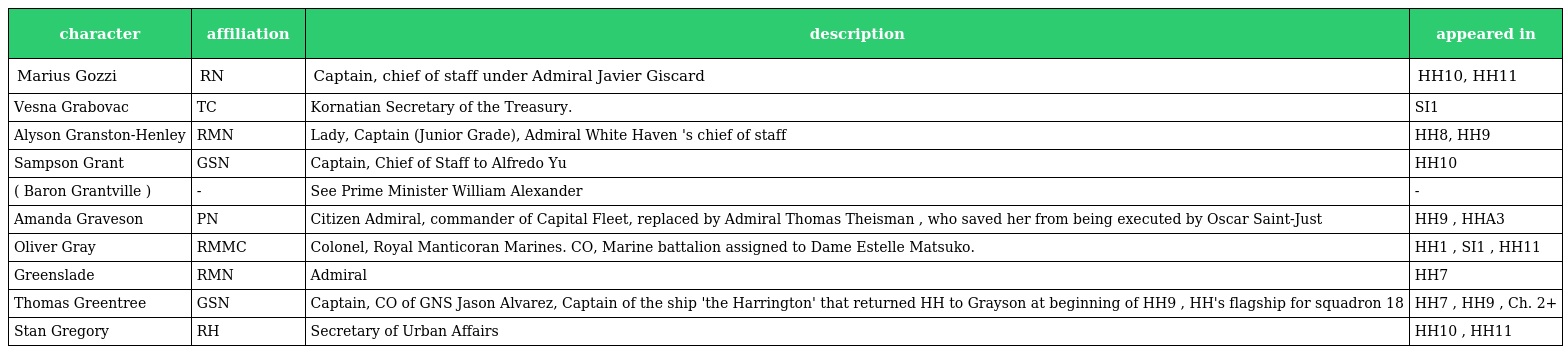
| character | affiliation | description | appeared in |
 | --- | --- | --- | --- |
 | Marius Gozzi | RN | Captain, chief of staff under Admiral Javier Giscard | HH10, HH11 |
 | Vesna Grabovac | TC | Kornatian Secretary of the Treasury. | SI1 |
 | Alyson Granston-Henley | RMN | Lady, Captain (Junior Grade), Admiral White Haven 's chief of staff | HH8, HH9 |
 | Sampson Grant | GSN | Captain, Chief of Staff to Alfredo Yu | HH10 |
 | ( Baron Grantville ) | - | See Prime Minister William Alexander | - |
 | Amanda Graveson | PN | Citizen Admiral, commander of Capital Fleet, replaced by Admiral Thomas Theisman , who saved her from being executed by Oscar Saint-Just | HH9 , HHA3 |
 | Oliver Gray | RMMC | Colonel, Royal Manticoran Marines. CO, Marine battalion assigned to Dame Estelle Matsuko. | HH1 , SI1 , HH11 |
 | Greenslade | RMN | Admiral | HH7 |
 | Thomas Greentree | GSN | Captain, CO of GNS Jason Alvarez, Captain of the ship 'the Harrington' that returned HH to Grayson at beginning of HH9 , HH's flagship for squadron 18 | HH7 , HH9 , Ch. 2+ |
 | Stan Gregory | RH | Secretary of Urban Affairs | HH10 , HH11 |